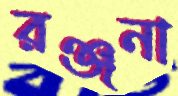
রঞ্জনা